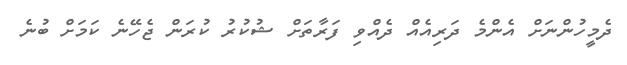
ދެމީހުންނަށް އެންމެ ދަރިއެއް ދެއްވި ފަރާތަށް ޝުކުރު ކުރަން ޖެހޭނެ ކަމަށް ބުނެ